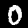
Label: 0